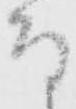
な